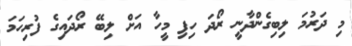
މި ދަރުމަ ލިބިގެންދާނީ ރޯދަ ހިފި މީހާ އަށް ލިބޭ ރޯދައިގެ ފުރިހަމަ